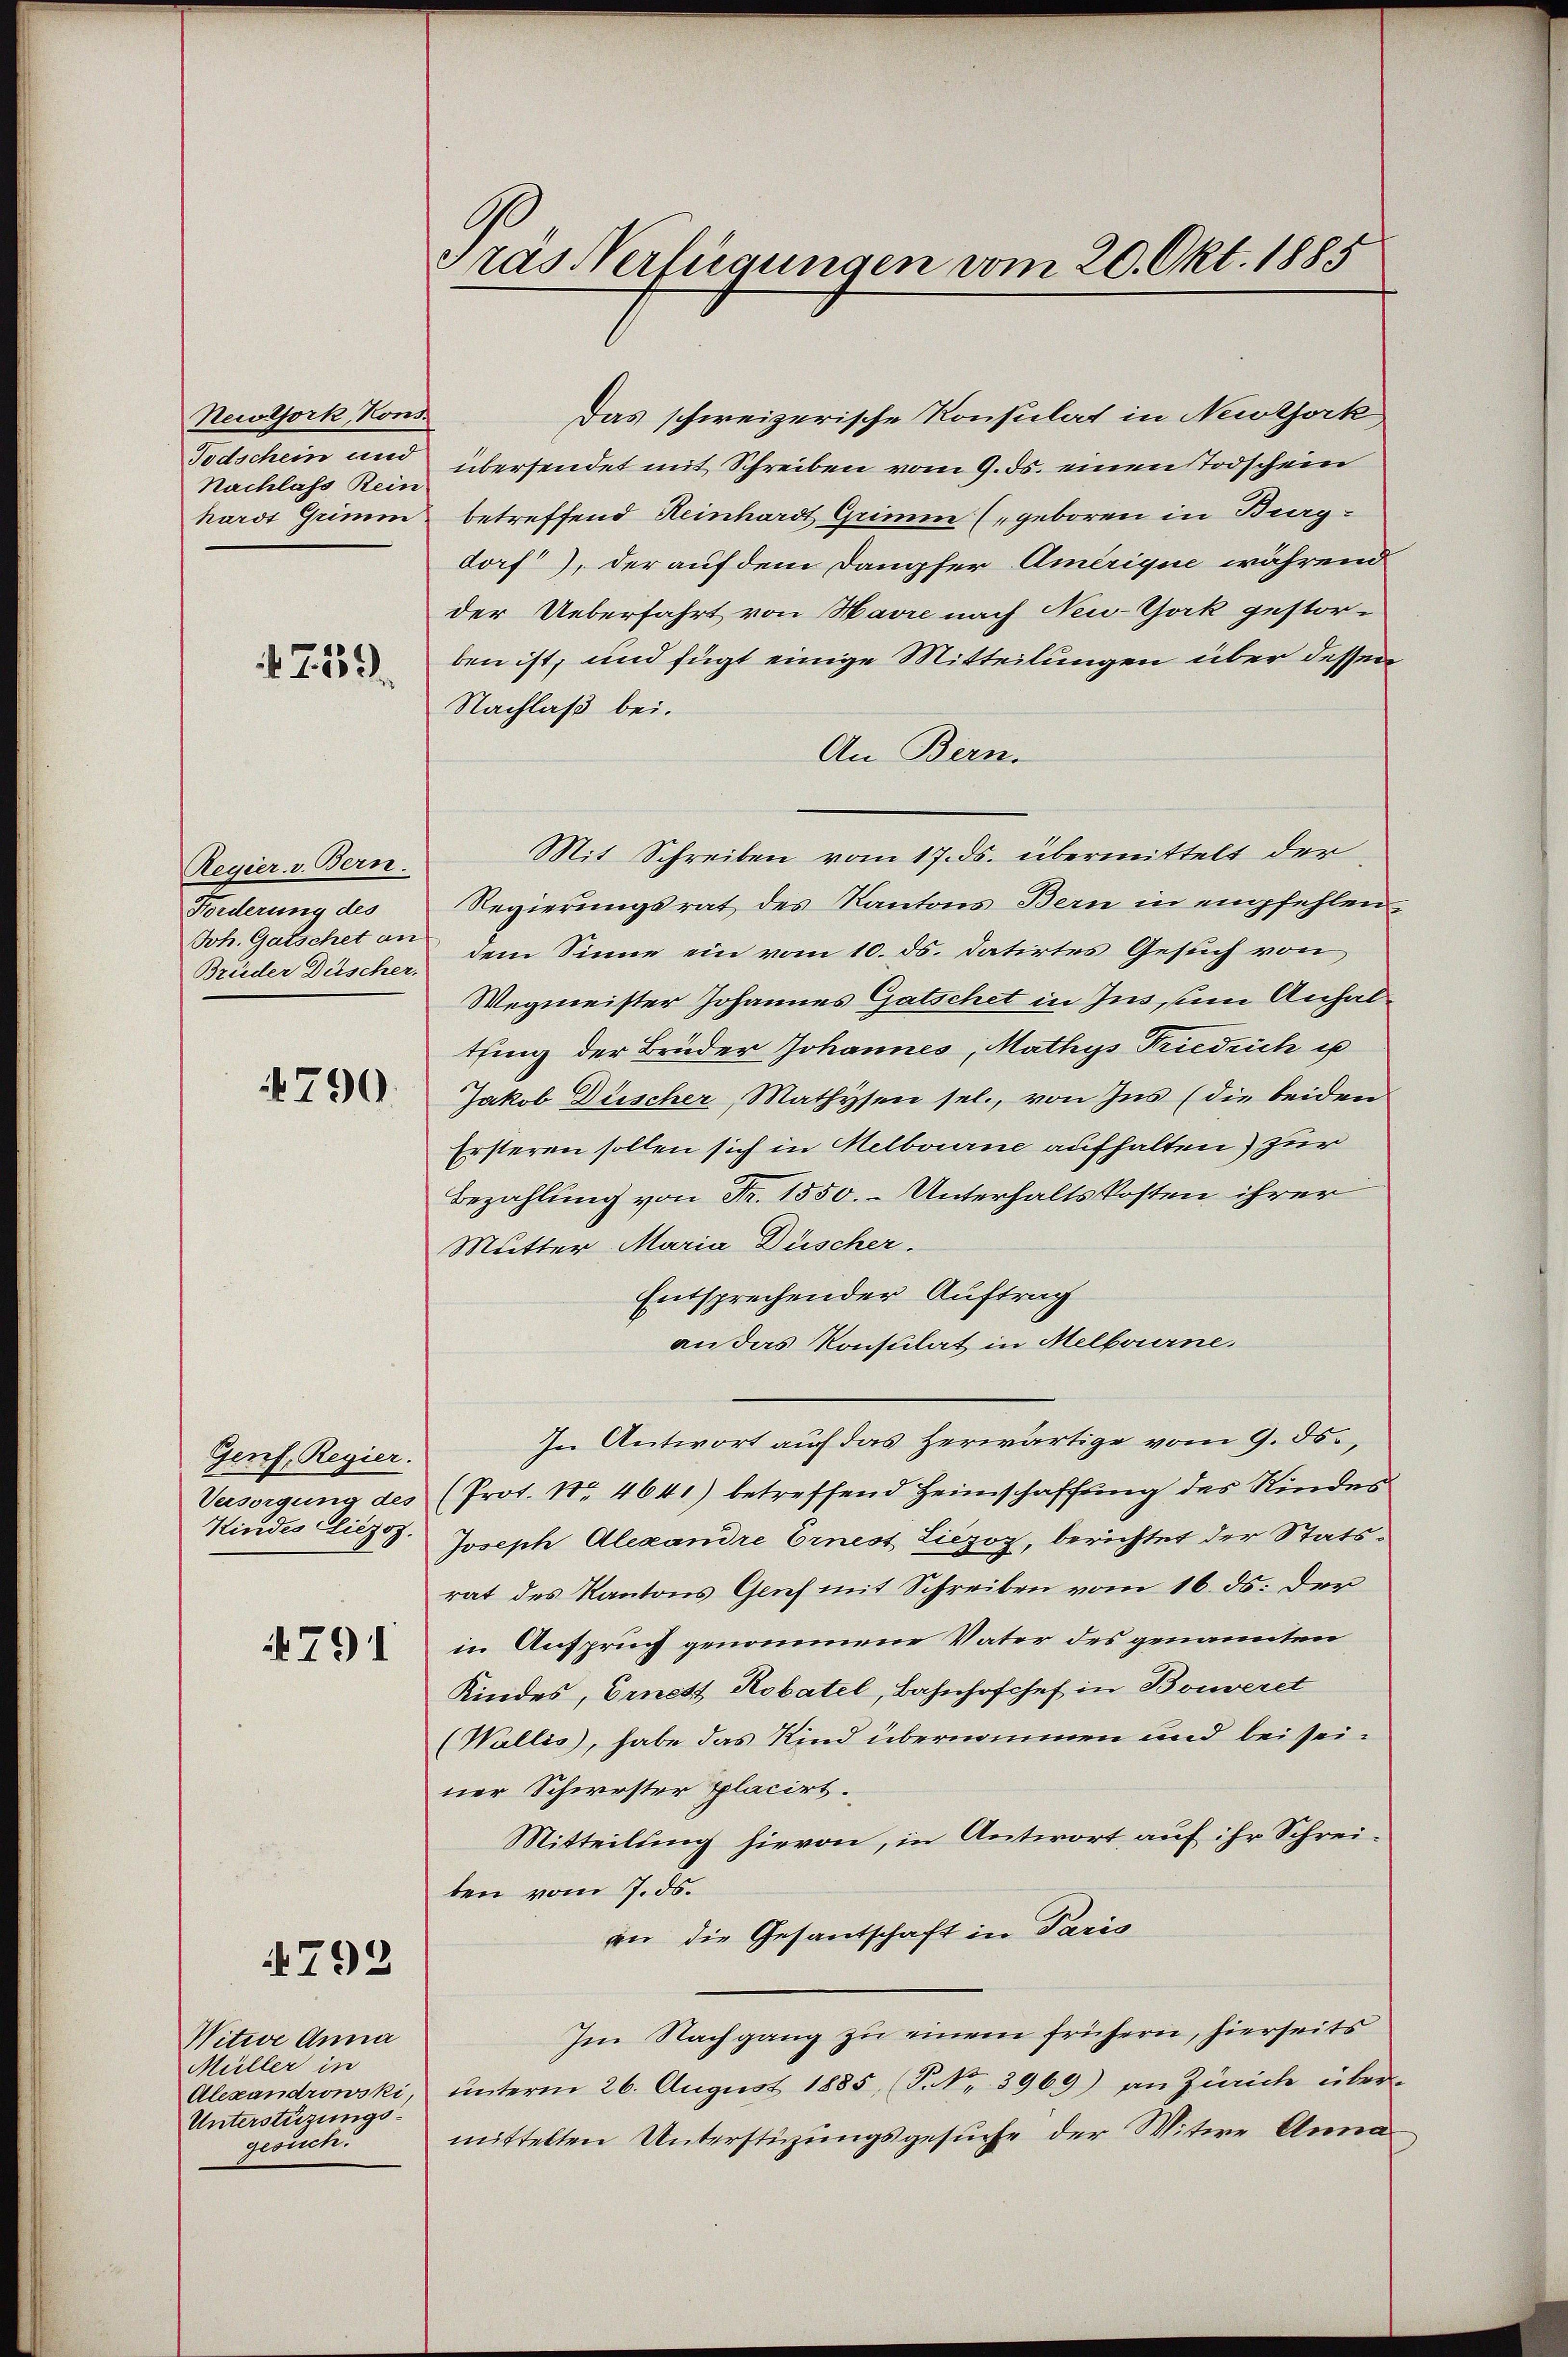
Newtjork, Kons.
Todschein und
Nachlass Rein
hardt Grimm

759.

Regier. v. Bern.
Forderung des
Joh. Gutschet an
Brüder Duscher.

790.

Genf, Regier.
Versorgung des
Kindes Liezoz.

4791

792

Nitwe Anna
Müller in
Alexandrowski,
Unterstüzungsgesuch.

ras Verfügungen vom 20. Okt. 1885

Das schweizerische Konsulat in Newtork
übersendet mit Schreiben vom 9. ds. einen Todschein
betreffend Reinhardt Grimm (geboren in Berg-
dorf), der auf dem Dampfer Amerique, während
der Ueberfahrt von Havre nach New-York gestor-
ben ist, und fügt einige Mitteilungen über dessen
Nachlaß bei.
An Bern.
Mit Schreiben vom 17. ds. übermittelt der
Regierungsrat des Kantons Bern in empfehlendem Sinne ein vom 10. ds. datirtes Gesuch von
Wegmeister Johannes Gatschet in Jns, um Anhalthung der Brüder Johannes, Mathys Friedrich is
Jakob Düscher, Mathysen sel., von Ins (die beiden
Ersteren sollen sich in Melbourne aufhalten) zur
Bezahlung von Fr. 1550. - Unterhaltskosten ihrer
Mutter Maria Düscher.
Entsprechen der Auftrag
an das Konsulat in Melbourne.
In Antwort auf das Herwärtige vom 9. ds.
(Prot. Nr. 4641) betreffend Heimschaffung des Kinder
Joseph Alexandre Ernest Liezoz, berichtet der Statsrat des Kantons Glief mit Schreiben vom 16. ds. der
in Anspruch genommene Vater des genannten
Kindes, Ernest Robatel, Bahnhofchef in Bonveret
(Wallis, habe das Kind übernommen und bei seiner Schwester Placirt.
Mitteilung hievon, in Antwort auf ihr Schreiben vom 7. ds.
an die Gesantschaft in Paris
Im Nachgang zu einem frühern, hierseits
ŭnterm 26. August 1885 (P. Nr. 3969) an Zürich über-
mittelten Unterstüzungsgesuche der Witwe Anna